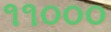
૧૧૦૦૦